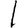
Digit: 1